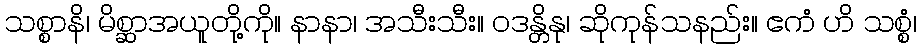
သစ္စာနိ၊ မိစ္ဆာအယူတို့ကို။ နာနာ၊ အသီးသီး။ ဝဒန္တိနု၊ ဆိုကုန်သနည်း။ ဧကံ ဟိ သစ္စံ၊